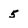
Character: 5